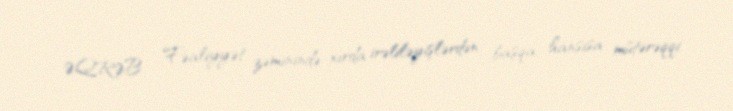
ƏQRƏB - Fəaliyyət zəminində xırda irəliləyişlərdən başqa hansısa mütərəqqi